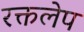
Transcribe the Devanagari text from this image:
रक्तलेप